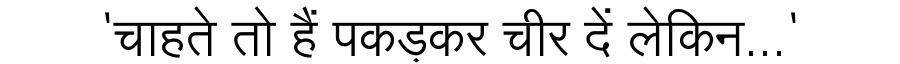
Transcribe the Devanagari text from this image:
'चाहते तो हैं पकड़कर चीर दें लेकिन...'